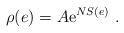
LaTeX: \begin{align*}\rho(e)=A\mathrm{e}^{NS(e)}\ .\end{align*}